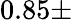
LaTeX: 0.85\pm